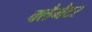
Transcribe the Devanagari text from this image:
क्लैमैटर